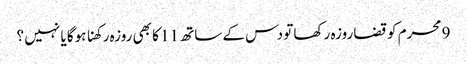
9 محرم کو قضا روزہ رکھا تو دس کے ساتھ 11 کا بھی روزہ رکھنا ہوگا یا نہیں ؟